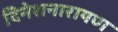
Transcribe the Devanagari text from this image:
दिनेशनारायण